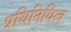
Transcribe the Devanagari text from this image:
प्रधिनिधित्व